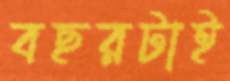
বছরটাই